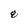
Character: 8